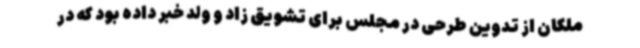
ملکان از تدوین طرحی در مجلس برای تشویق زاد و ولد خبر داده بود که در